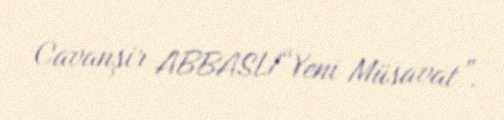
Cavanşir ABBASLI“Yeni Müsavat”.